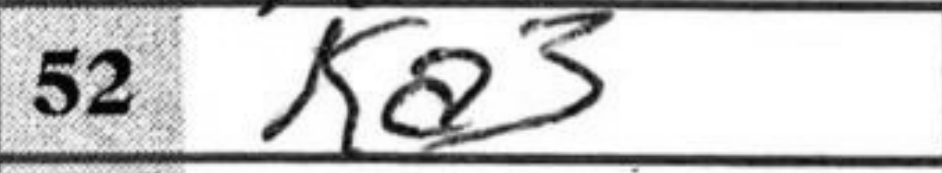
Transcription: Ka3